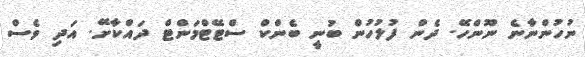
ނުހުންނާނެ ނޫންހޭ. ދެން ފުލުހުން ބުނީ ބެންކް ސްޓޭޓްމަންޓް ދައްކާށޭ. އަދި ވެސް